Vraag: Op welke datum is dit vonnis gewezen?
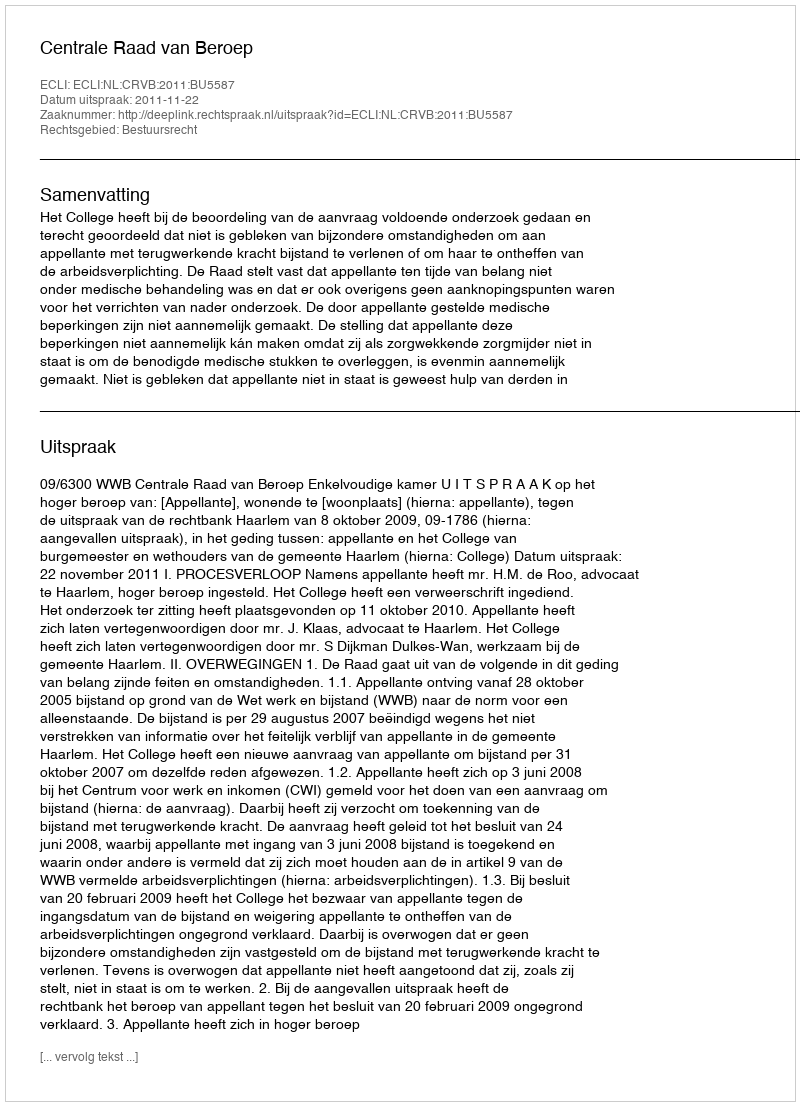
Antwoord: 2011-11-22